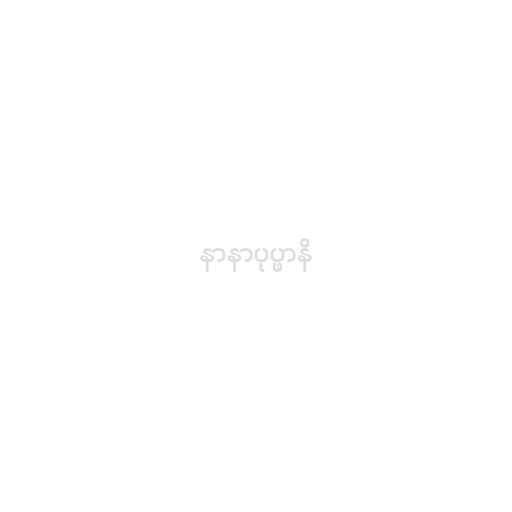
နာနာပုပ္ဖာနိ